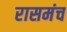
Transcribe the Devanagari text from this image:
रासमंच